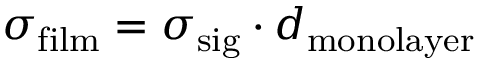
\sigma _ { \mathrm { f i l m } } = \sigma _ { \mathrm { s i g } } \cdot d _ { \mathrm { m o n o l a y e r } }